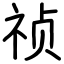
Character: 祯